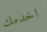
اخدمك